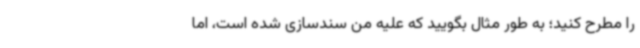
را مطرح کنید؛ به طور مثال بگویید که علیه من سندسازی شده است، اما